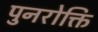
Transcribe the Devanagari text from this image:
पुनरोक्ति